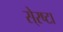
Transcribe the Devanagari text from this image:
से्रष्टा